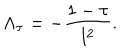
\Lambda _ { \tau } = - { \frac { 1 - \tau } { l ^ { 2 } } } .